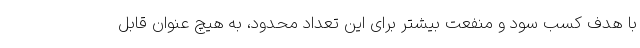
با هدف کسب سود و منفعت بیشتر برای این تعداد محدود، به هیچ عنوان قابل